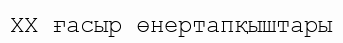
XX ғасыр өнертапқыштары